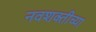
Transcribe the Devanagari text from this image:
नवशक्तीच्या